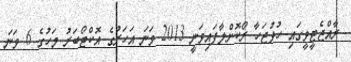
ރާއްޖެޓީވީގައި ހުޅުޖަހާ ރޯކޮށްލާފައިވަނީ 2013 ވަނަ އަހަރުގެ އޮކްޓޯބަރު މަހުގެ 6 ވަނަ